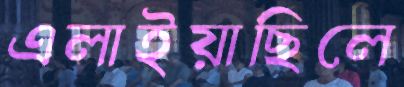
এলাইয়াছিলে